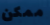
ممكن